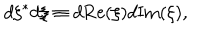
d \xi ^ { * } d \xi \equiv d \mathrm { R e } ( \xi ) d \mathrm { I m } ( \xi ) ,